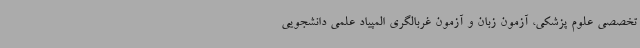
تخصصی علوم پزشکی، آزمون زبان و آزمون غربالگری المپیاد علمی دانشجویی